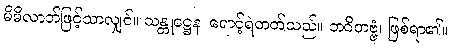
မိမိလာဘ်ဖြင့်သာလျှင်။ သန္တုဋ္ဌေန၊ ရောင့်ရဲတတ်သည်။ ဘဝိတဗ္ဗံ၊ ဖြစ်ရာ၏။